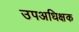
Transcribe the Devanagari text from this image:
उपअधिक्षक